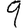
Digit: 9